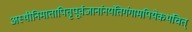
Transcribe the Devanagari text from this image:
अस्थीनिमातापितृपूर्वजानांनयंतिगंगामपियेकथंचित्